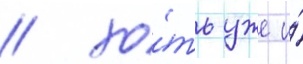
/ хо́ть уже и́